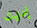
إديث